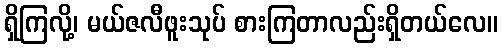
ရှိကြလို့၊ မယ်ဇလီဖူးသုပ် စားကြတာလည်းရှိတယ်လေ။